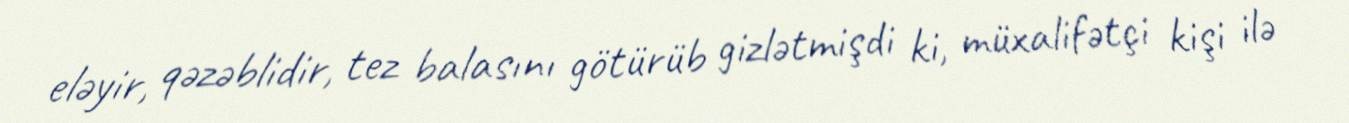
eləyir, qəzəblidir, tez balasını götürüb gizlətmişdi ki, müxalifətçi kişi ilə